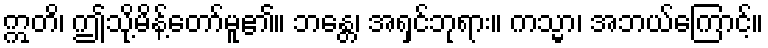
ဣတိ၊ ဤသို့မိန့်တော်မူ၏။ ဘန္တေ၊ အရှင်ဘုရား။ ကသ္မာ၊ အဘယ်ကြောင့်။